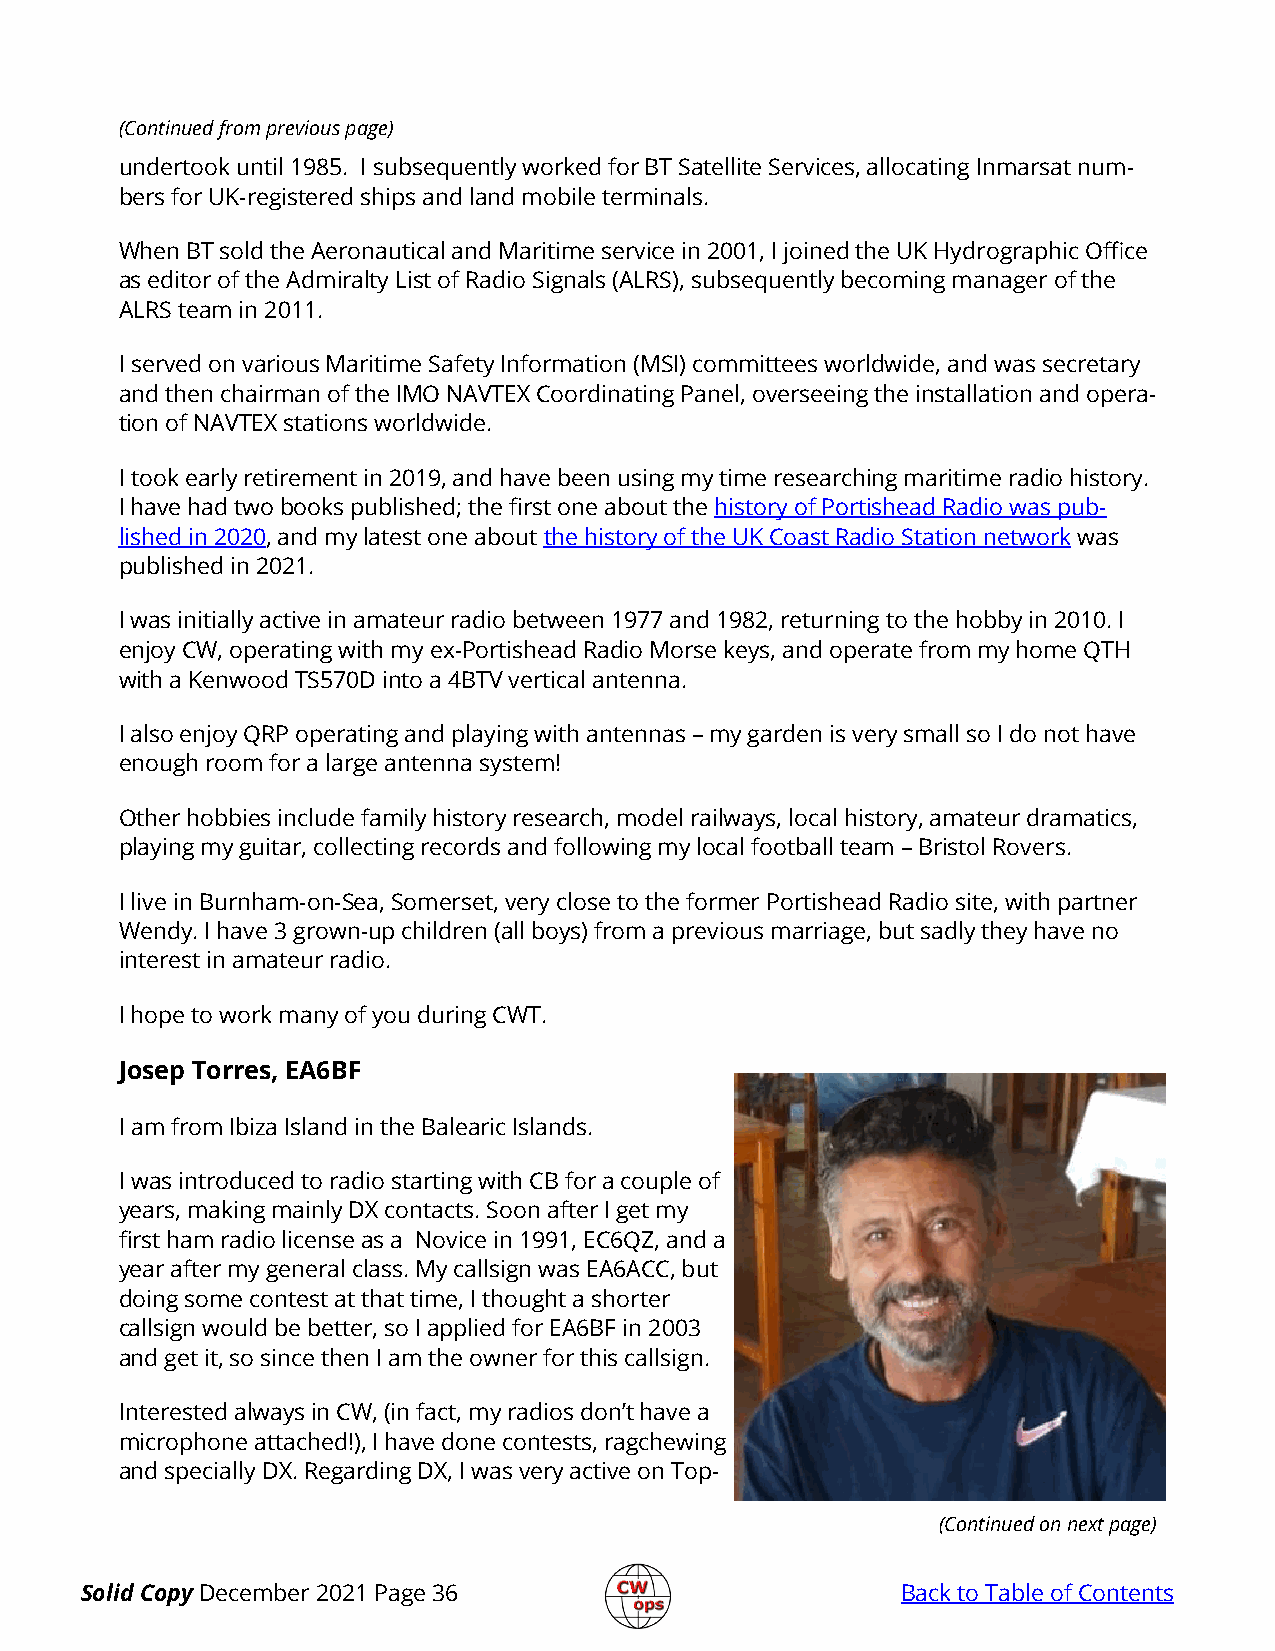
(Continued from previous page)
 undertook until 1985. I subsequently worked for BT Satellite Services, allocating Inmarsat num-
 bers for UK-registered ships and land mobile terminals.
 When BT sold the Aeronautical and Maritime service in 2001, I joined the UK Hydrographic Office
 as editor of the Admiralty List of Radio Signals (ALRS), subsequently becoming manager of the
 ALRS team in 2011.
 I served on various Maritime Safety Information (MSI) committees worldwide, and was secretary
 and then chairman of the IMO NAVTEX Coordinating Panel, overseeing the installation and opera-
 tion of NAVTEX stations worldwide.
 I took early retirement in 2019, and have been using my time researching maritime radio history.
 I have had two books published; the first one about the history of Portishead Radio was pub-
 lished in 2020, and my latest one about the history of the UK Coast Radio Station network was
 published in 2021.
 I was initially active in amateur radio between 1977 and 1982, returning to the hobby in 2010. I
 enjoy CW, operating with my ex-Portishead Radio Morse keys, and operate from my home QTH
 with a Kenwood TS570D into a 4BTV vertical antenna.
 I also enjoy QRP operating and playing with antennas – my garden is very small so I do not have
 enough room for a large antenna system!
 Other hobbies include family history research, model railways, local history, amateur dramatics,
 playing my guitar, collecting records and following my local football team – Bristol Rovers.
 I live in Burnham-on-Sea, Somerset, very close to the former Portishead Radio site, with partner
 Wendy. I have 3 grown-up children (all boys) from a previous marriage, but sadly they have no
 interest in amateur radio.
 I hope to work many of you during CWT.
 Josep Torres, EA6BF
 I am from Ibiza Island in the Balearic Islands.
 I was introduced to radio starting with CB for a couple of
 years, making mainly DX contacts. Soon after I get my
 first ham radio license as a Novice in 1991, EC6QZ, and a
 year after my general class. My callsign was EA6ACC, but
 doing some contest at that time, I thought a shorter
 callsign would be better, so I applied for EA6BF in 2003
 and get it, so since then I am the owner for this callsign.
 Interested always in CW, (in fact, my radios don’t have a
 microphone attached!), I have done contests, ragchewing
 and specially DX. Regarding DX, I was very active on Top-
 (Continued on next page)
 Solid Copy December 2021 Page 36                       Back to Table of Contents